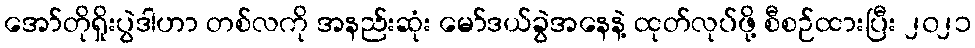
အော်တိုရှိုးပွဲဒါဟာ တစ်လကို အနည်းဆုံး မော်ဒယ်ခွဲအနေနဲ့ ထုတ်လုပ်ဖို့ စီစဉ်ထားပြီး ၂၀၂၁